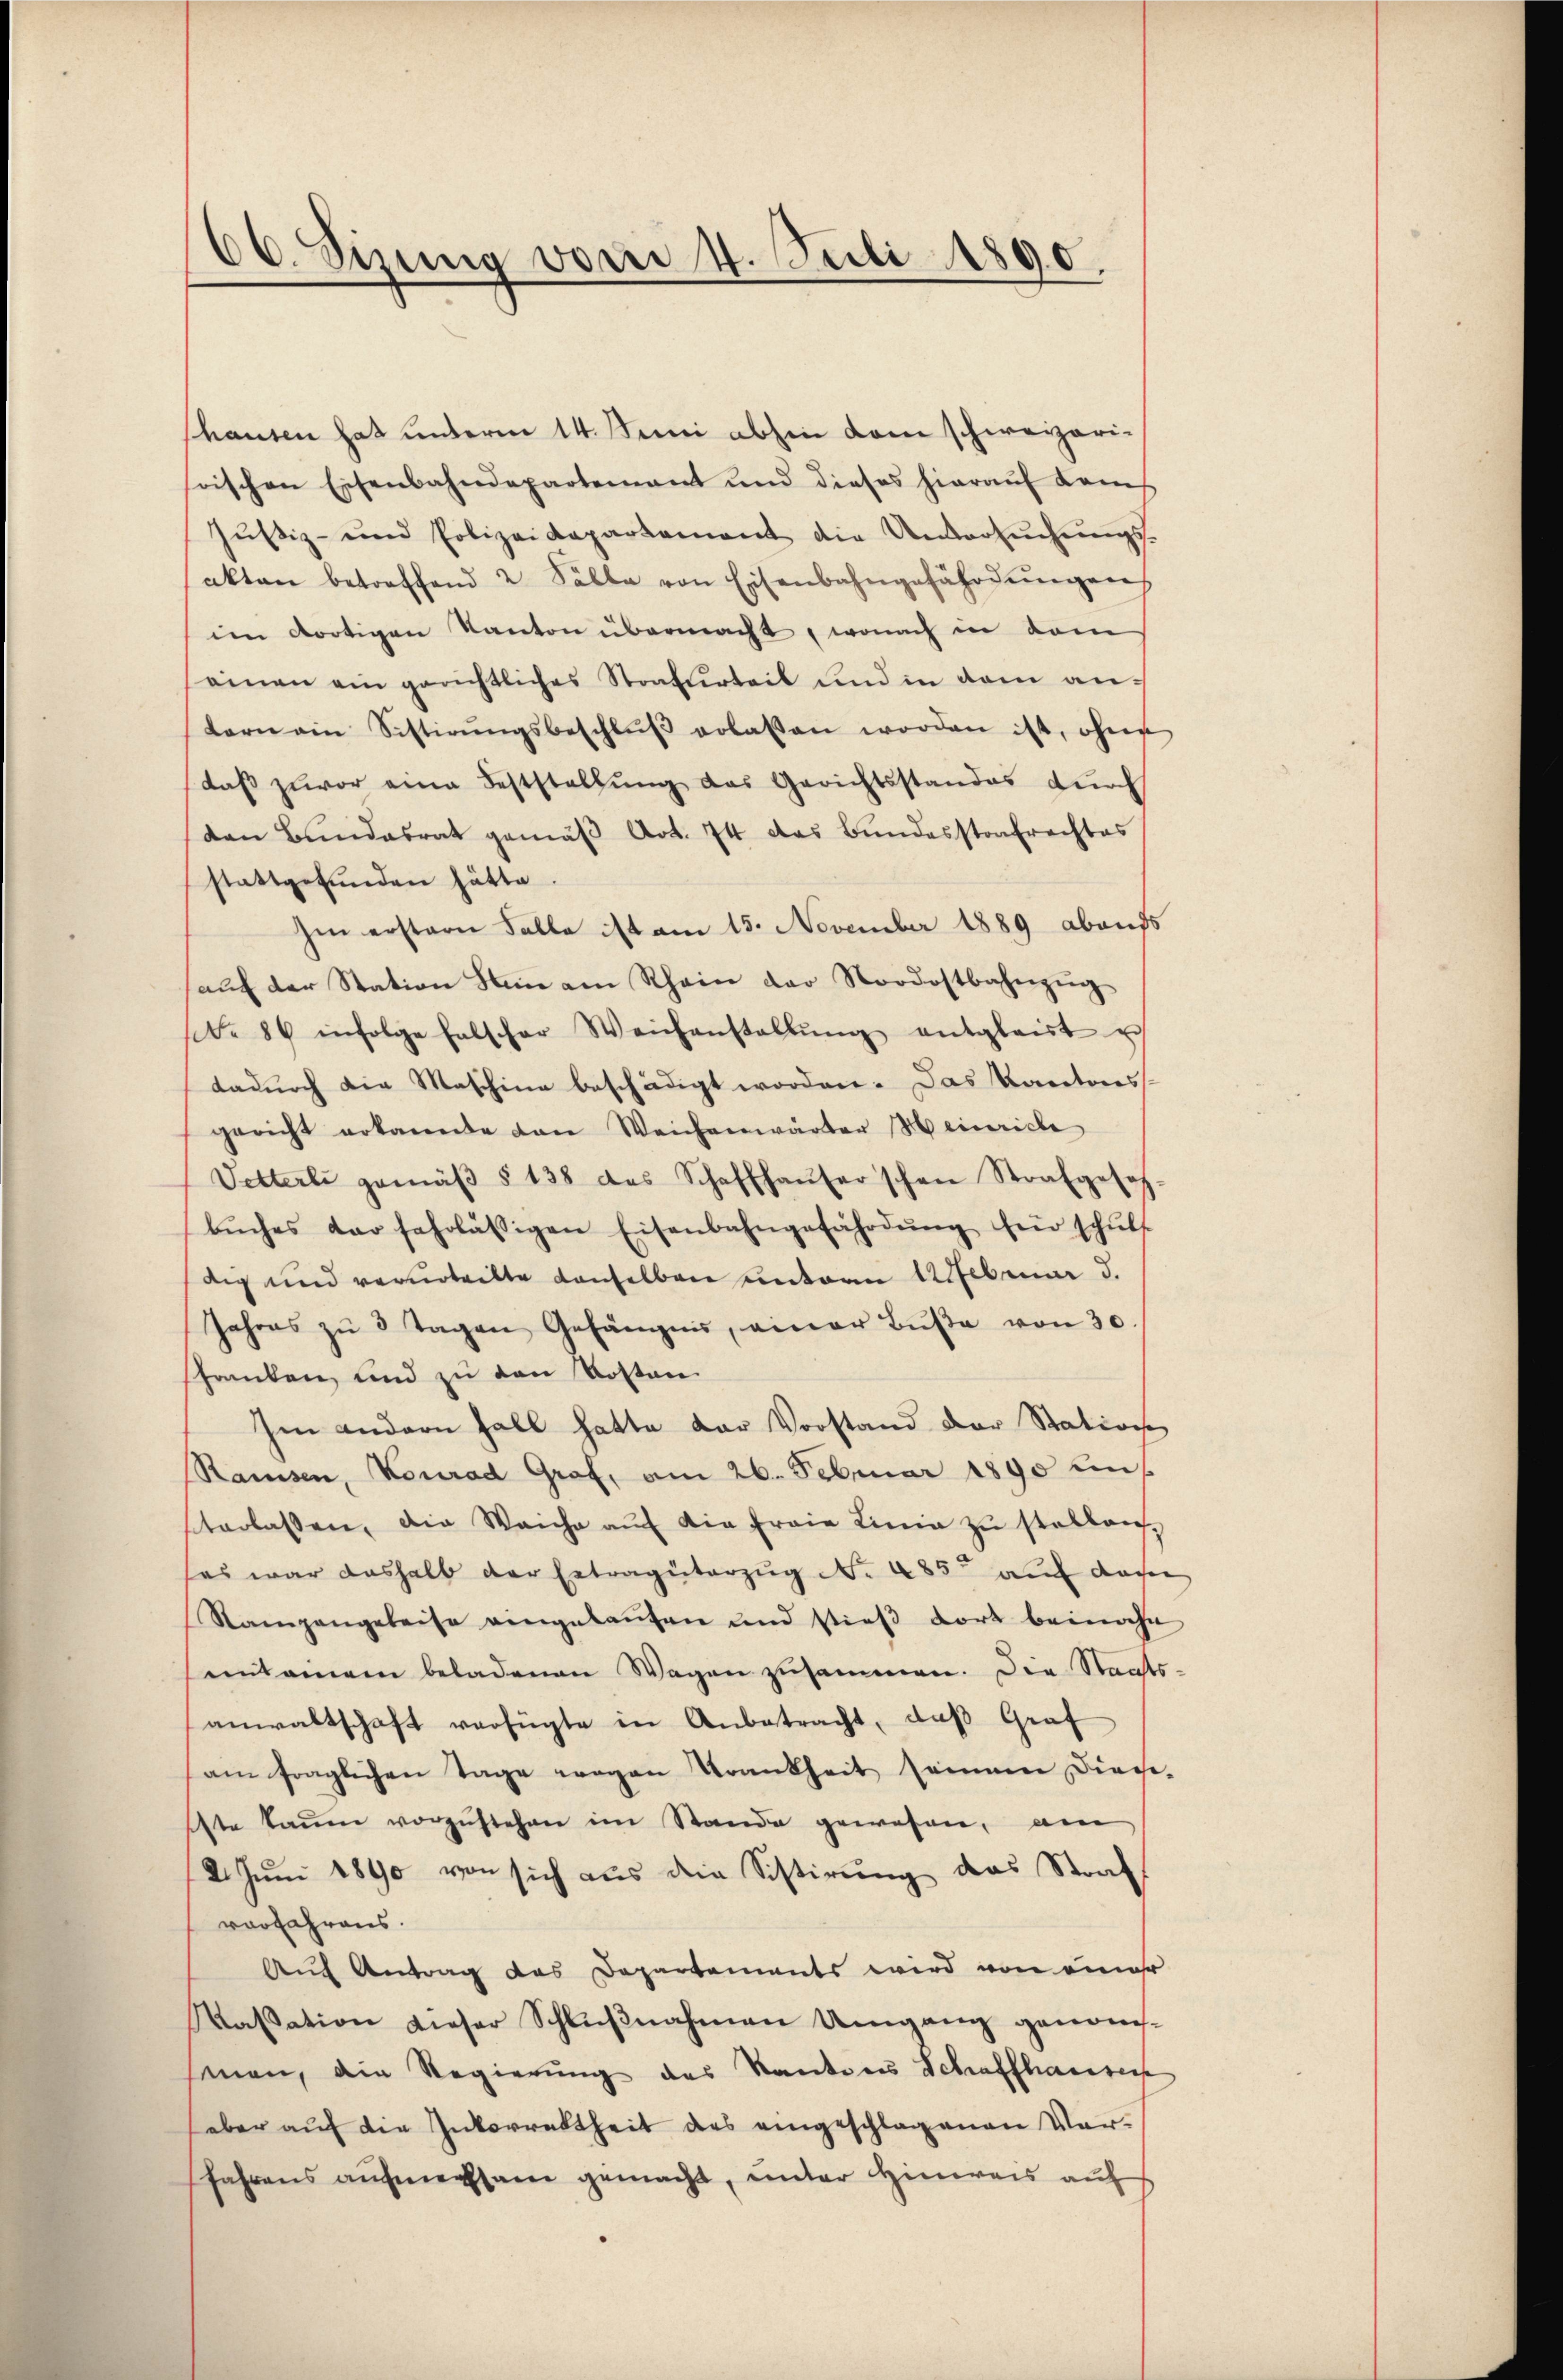
hausen hat unterm 14. Juni abhin dem schweizeri-
rischen Eisenbahndepartenant und dieses hieraŭf Komis
Jŭstiz- und Polizeidepartement die Untersŭchŭngs-
akten betreffend 2 Fälle von Eisenbahngefährdŭngen
im dortigen Kanton übermacht, wonach in vom
einen ein gerichtliches Strafurteil und in dem antern ain Sistirŭngsbeschlŭβ erlassen worden ist, ohne
daβ zuvor eine Feststellŭng das Gerichtsstandes dŭrch
den Bundesrat gemäß Art. 74 das Bundesstrafrechtes
stattgefunden hätte
Im erstern Falle ist am 15. November 1889 abaufs
aŭf der Station dein am Rhein der Nordostbahnzug
sb. 86 infolge halscher Weichanstallŭng entgleist u
dadurch die Maschine beschädigt worden. Das Kantons-
gericht erkannte von Weichenwärter Heinriche
Vetterli gemäβ § 138 des Schaffhaŭser schen Strafgesetz
bŭches dar fahrlässigen Eisenbahngefährdŭng für schŭlt
dig und verurteilte denselben unterm Februar d.
Jahres zŭ 3 Tagen Gefängnis, einer Bŭβe von 30.
schranken, und zu den Kosten
Im andern Fall hatte der Vorstand der Station
Ramsen, Neurad Graf, am 26. Februar 1890 unt
terlassen, die Weiche aŭf die fraie Linie zŭ stellen,
es war deshalb der Ertragüterzug No 485 auf das
Ramgangeleise eingelaŭfen und stieß dort beinahe
uitainen beladenen Wagen zusammen. Die Staats-
anwaltschaft verfügte in Anbetracht, daβ Graf
am fraglichen Tage wegen Krankheit seinem Dinge-
ste kaum vorzustehen im Stande gewesen, am
2. Juni 1890 von sich aus die Sistirung das Stravorfahrens.
Auf Antrag das Departements wird von einer
Kassation dieser Schlŭβnahmen Umgang genom-
snen, die Regierung des Kantons Schaffhausen
(aber auf die Inkorrektheit des eingeschlagenen Vorfahrens aufmerksam gemacht, unter Hinweis auf

06. Sizung von 4. Juli 1890.